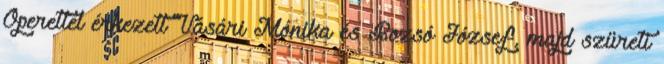
Operettel érkezett Vásári Mónika és Bozsó József, majd szüreti